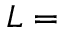
L =